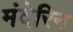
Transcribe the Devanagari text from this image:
मंदेरिन